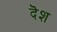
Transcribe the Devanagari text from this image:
दॆश